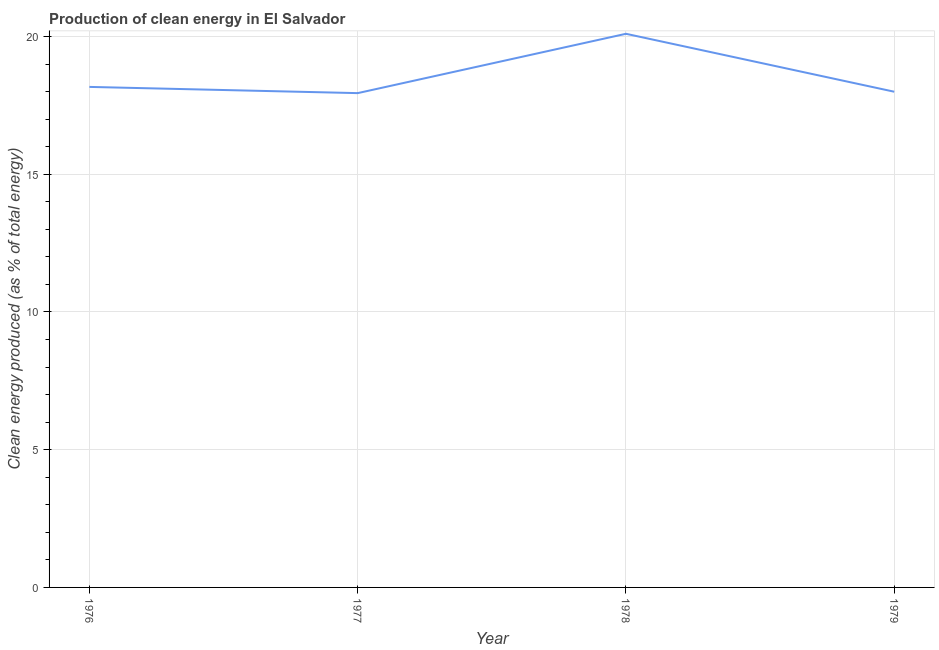
| Year | Alternative and nuclear energy |
 | --- | --- |
 | 1976 | 18.2 |
 | 1977 | 17.9 |
 | 1978 | 20.1 |
 | 1979 | 18 |